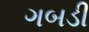
ગબડી